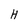
Character: H